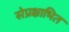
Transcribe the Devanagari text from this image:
सेप्रक्षाभित